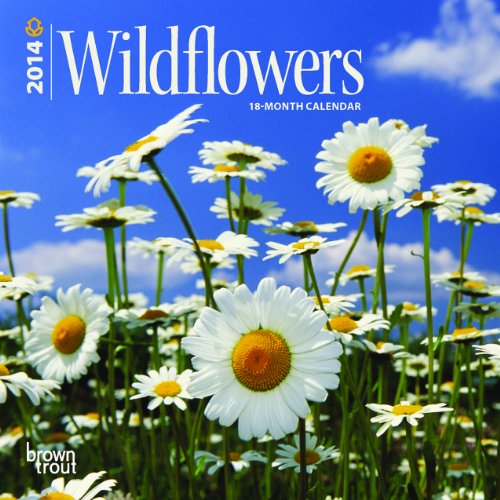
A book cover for Wildflowers 2014 18-Month Calendar (Multilingual Edition); Calendars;